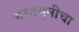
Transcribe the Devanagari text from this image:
भरतमुनीचा